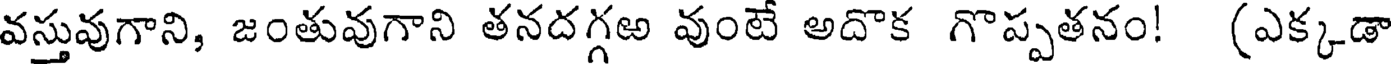
వస్తువుగాని, జంతువుగాని తనదగ్గఱ వుంటే అదొక గొప్పతనం! (ఎక్కడా